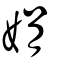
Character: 𡣬